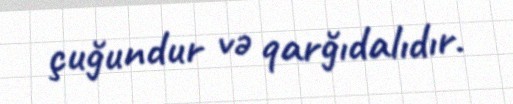
çuğundur və qarğıdalıdır.